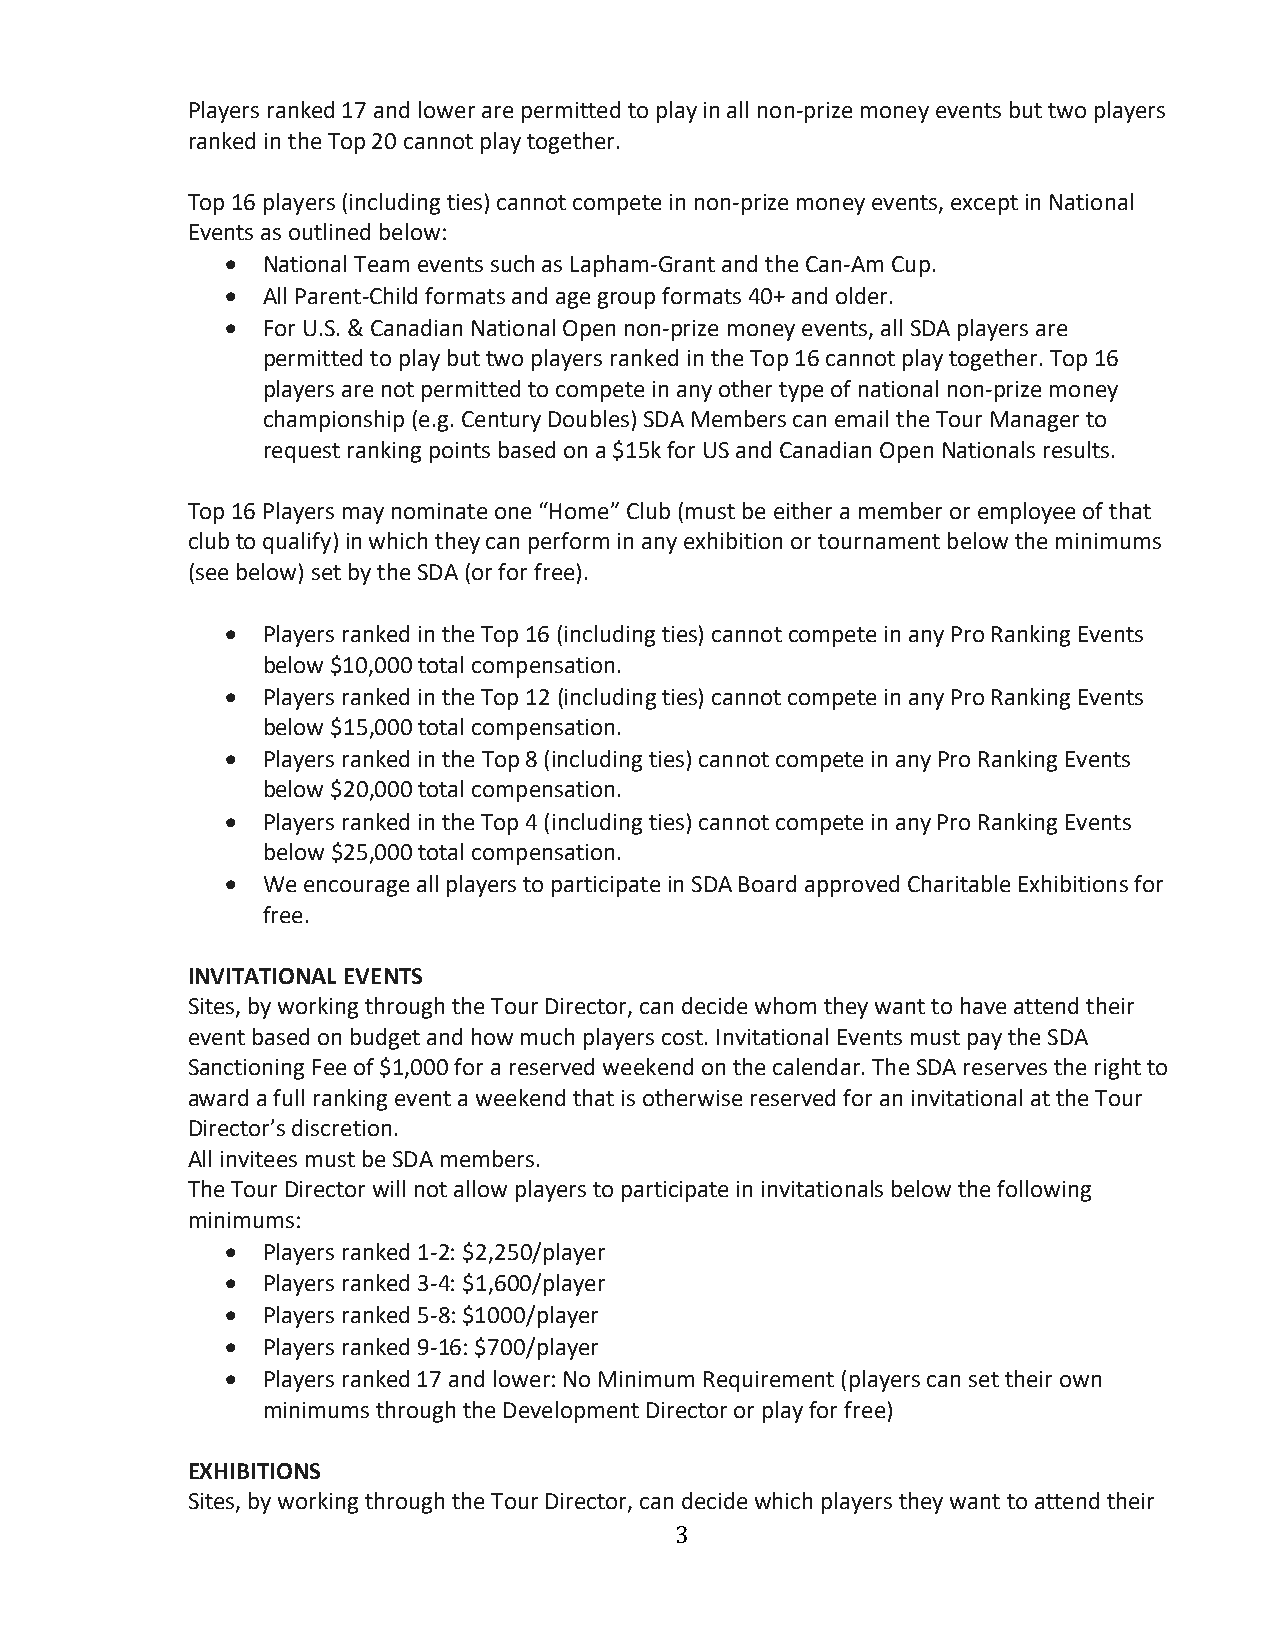
Players ranked 17 and lower are permitted to play in all non-prize money events but two players
 ranked in the Top 20 cannot play together.
 Top 16 players (including ties) cannot compete in non-prize money events, except in National
 Events as outlined below:
 • National Team events such as Lapham-Grant and the Can-Am Cup.
 • All Parent-Child formats and age group formats 40+ and older.
 • For U.S. & Canadian National Open non-prize money events, all SDA players are
 permitted to play but two players ranked in the Top 16 cannot play together. Top 16
 players are not permitted to compete in any other type of national non-prize money
 championship (e.g. Century Doubles) SDA Members can email the Tour Manager to
 request ranking points based on a $15k for US and Canadian Open Nationals results.
 Top 16 Players may nominate one “Home” Club (must be either a member or employee of that
 club to qualify) in which they can perform in any exhibition or tournament below the minimums
 (see below) set by the SDA (or for free).
 • Players ranked in the Top 16 (including ties) cannot compete in any Pro Ranking Events
 below $10,000 total compensation.
 • Players ranked in the Top 12 (including ties) cannot compete in any Pro Ranking Events
 below $15,000 total compensation.
 • Players ranked in the Top 8 (including ties) cannot compete in any Pro Ranking Events
 below $20,000 total compensation.
 • Players ranked in the Top 4 (including ties) cannot compete in any Pro Ranking Events
 below $25,000 total compensation.
 • We encourage all players to participate in SDA Board approved Charitable Exhibitions for
 free.
 INVITATIONAL EVENTS
 Sites, by working through the Tour Director, can decide whom they want to have attend their
 event based on budget and how much players cost. Invitational Events must pay the SDA
 Sanctioning Fee of $1,000 for a reserved weekend on the calendar. The SDA reserves the right to
 award a full ranking event a weekend that is otherwise reserved for an invitational at the Tour
 Director’s discretion.
 All invitees must be SDA members.
 The Tour Director will not allow players to participate in invitationals below the following
 minimums:
 • Players ranked 1-2: $2,250/player
 • Players ranked 3-4: $1,600/player
 • Players ranked 5-8: $1000/player
 • Players ranked 9-16: $700/player
 • Players ranked 17 and lower: No Minimum Requirement (players can set their own
 minimums through the Development Director or play for free)
 EXHIBITIONS
 Sites, by working through the Tour Director, can decide which players they want to attend their
 3